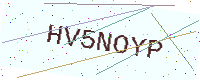
Text: HV5NOYP